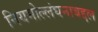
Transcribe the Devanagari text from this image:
नियमोल्लंघनाबद्दल